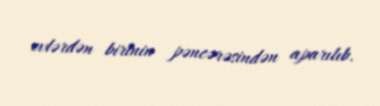
evlərdən birinin pəncərəsindən aparılıb.